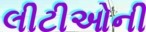
લીટીઓની